Kominterni_Eesti_sektsioon_Moskvas, lk 13
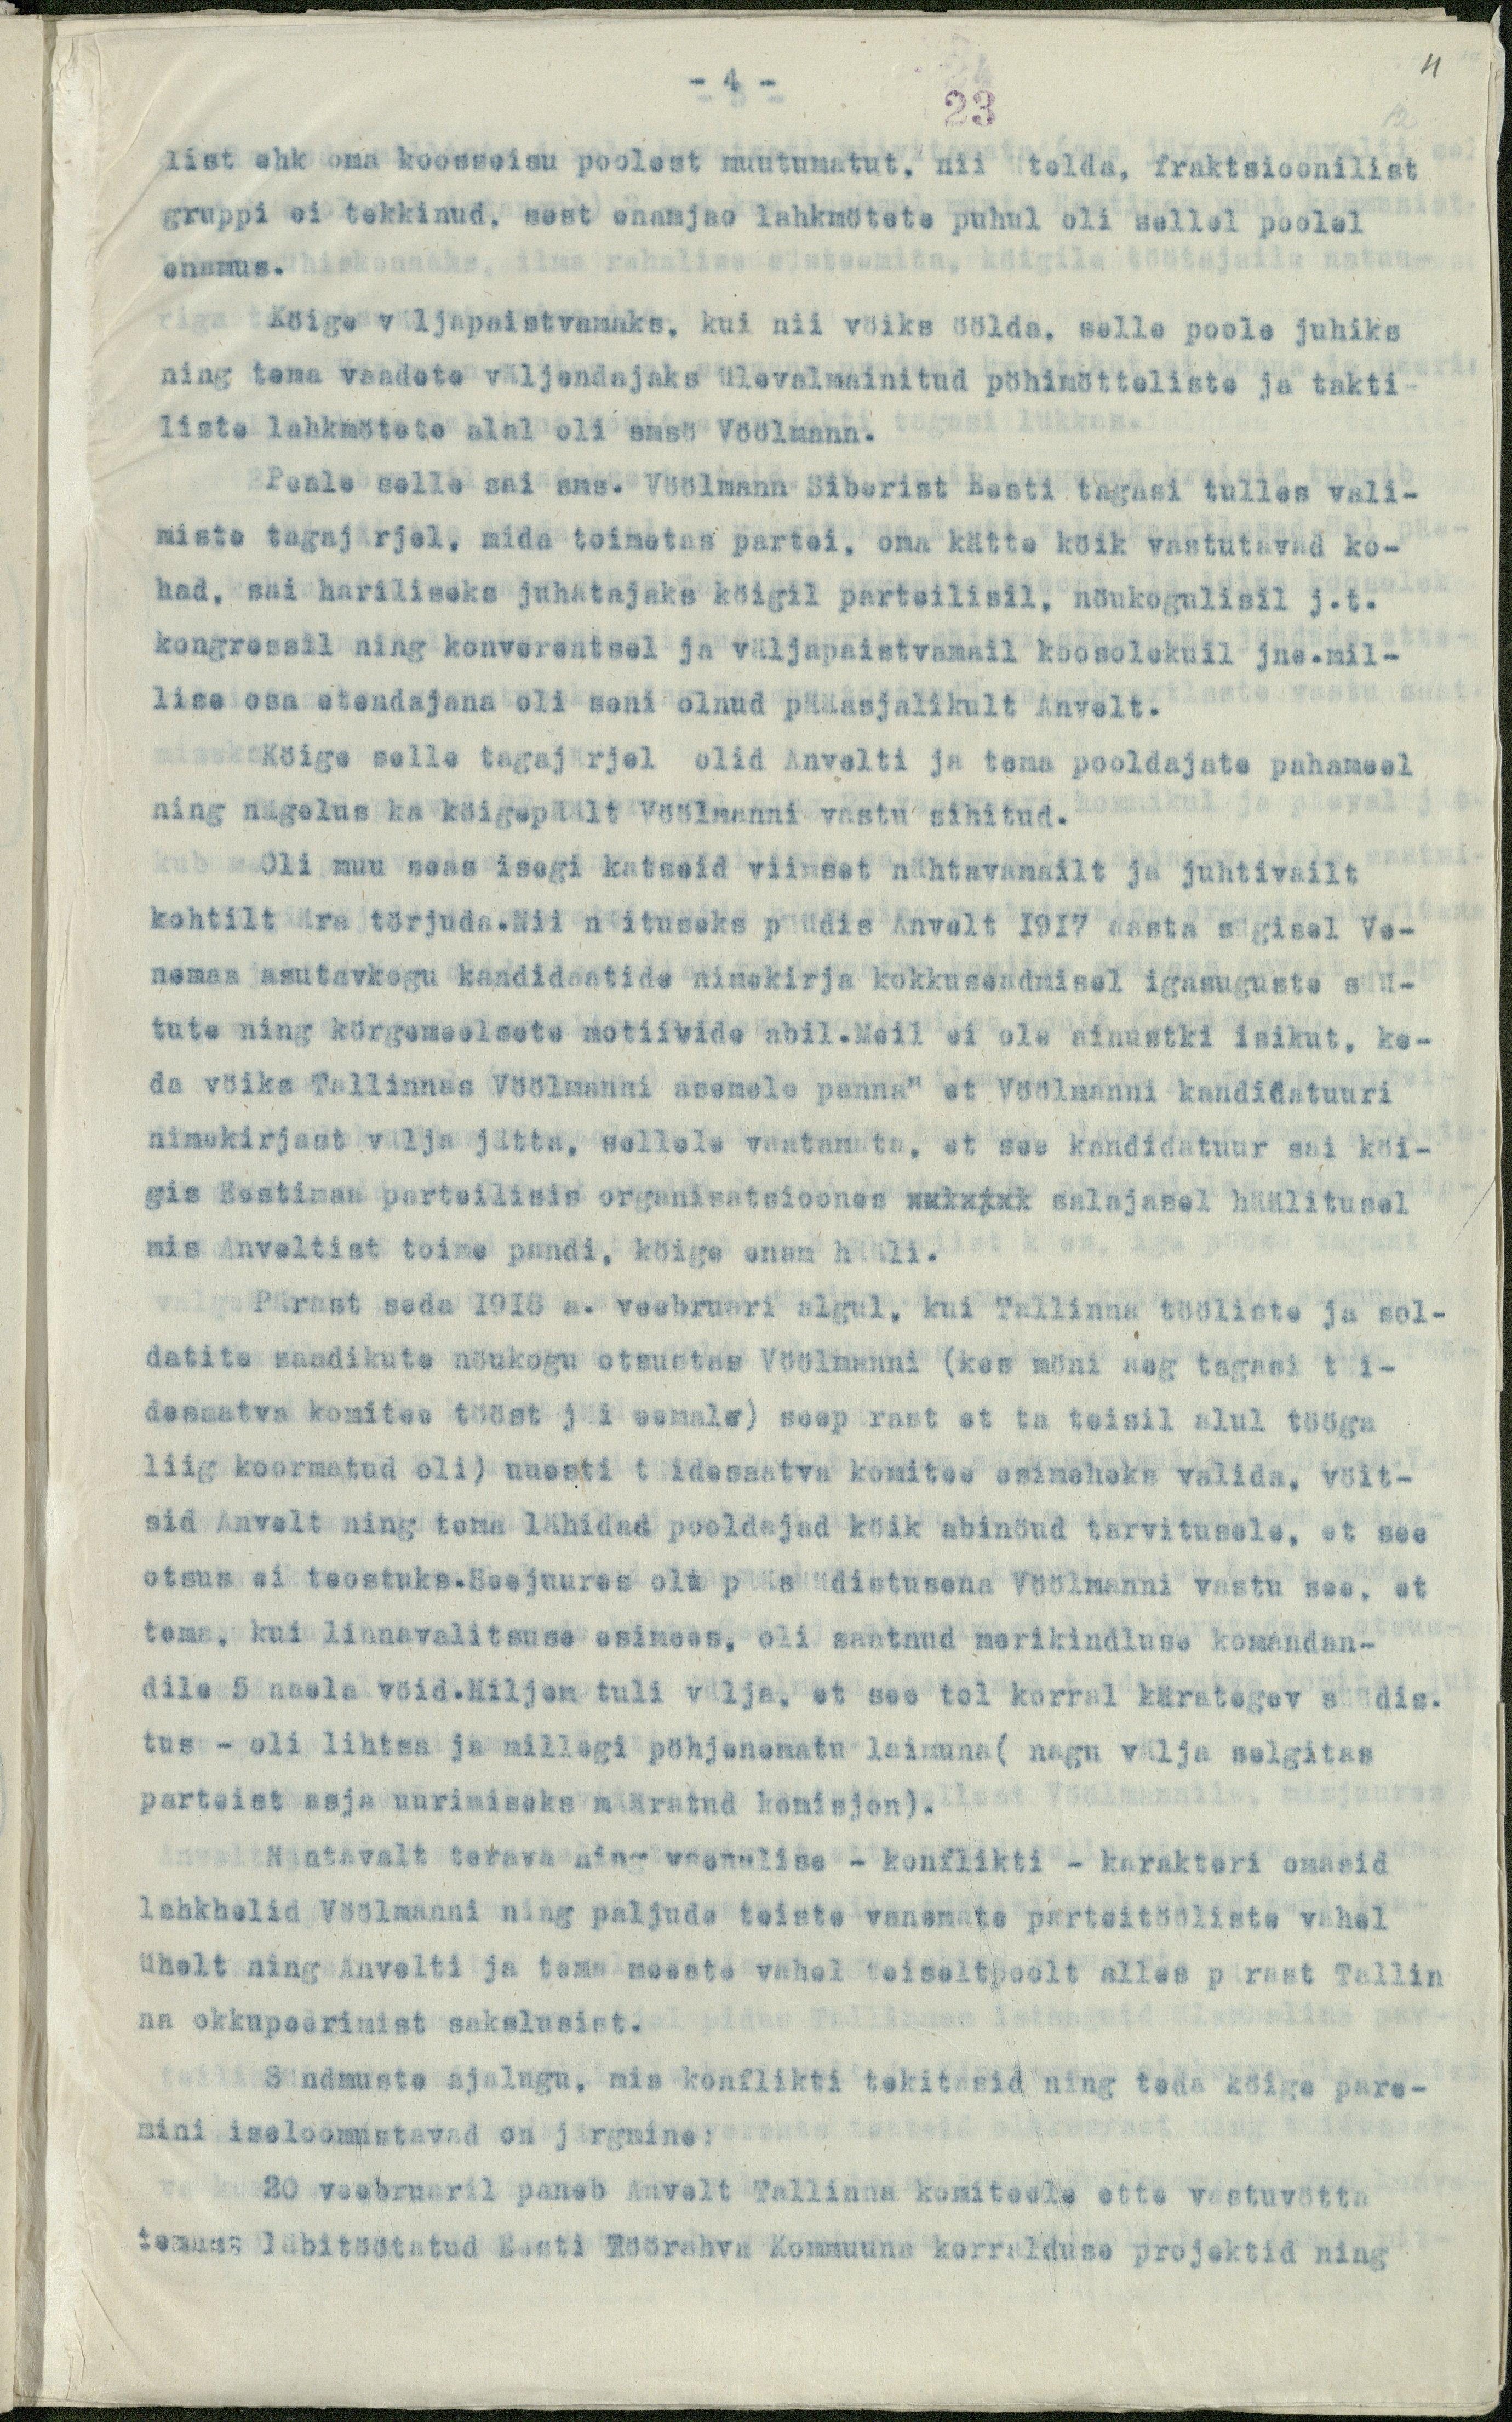
11

- 4 -
23
list ehk oma koosseisu poolest muutumatut, nii ütelda, fraktsioonilist
gruppi ei tekkinud, sest enamjao lahkmötete puhul oli sellel poolel
enamus.
Köige väljapaistvamaks, kui nii vöiks öölda, selle poole juhiks
ning tema vaadete väljendajaks ülevalmainitud pöhimötteliste ja takti-
liste lahkmötete alal oli smsö Vöölmann.
Peale selle sai sms. Vöölmann Siberist Eesti tagasi tulles vali-
miste tagajärjel, mida toimetas partei, oma kätte köik vastutavad ko-
had, sai hariliseks juhatajaks köigil parteilisil, nöukogulisil j.t.
kongressil ning konverentsel ja väljapaistvamail koosolekuil jne.mil-
lise osa etendajana oli seni olnud pääasjalikult Anvelt.
Köige selle tagajärjel olid Anvelti ja tema pooldajate pahameel
ning nägelus ka köigepäält Vöölmanni vastu sihitud.
Oli muu seas isegi katseid viimset nähtavamailt ja juhtivailt
kohtilt ära törjuda.Nii näituseks püüdis Anvelt 1917 aasta sügisel Ve-
nemaa asutavkogu kandidaatide nimekirja kokkuseadmisel igasuguste süü-
tute ning körgemeelsete motiivide abil.Meil ei ole ainustki isikut, ke-
da vöiks Tallinnas Vöölmanni asemele panna" et Vöölmanni kandidatuuri
nimekirjast välja jätta, sellele vaatamata, et see kandidatuur sai köi-
gis Eestimaa parteilisis organisatsioones kukkuk salajasel häälitusel
mis Anveltist toime pandi, köige enam hääli.
Pärast seda 1918 a. veebruari algul, kui Tallinna tööliste ja sol-
datite saadikute nöukogu otsustas Vöölmanni (kes möni aeg tagasi täi-
desaatva komitee tööst jäi eemale) seepärast et ta teisil alul tööga
liig koormatud oli) uuesti täidesaatva komitee esimeheks valida, vöit-
sid Anvelt ning tema lähidad pooldajad köik abinöud tarvitusele, et see
otsus ei teostuks. Seejuures oli pääsüüdistusena Vöölmanni vastu see, et
tema, kui linnavalitsuse esimees, oli saatnud merikindluse komandan-
dile 5 naela vöid.Hiljem tuli välja, et see tol korral kärategev süüdis.
tus - oli lihtsa ja millegi pöhjenematu laimuna (nagu välja selgitas
parteist asja uurimiseks määratud komisjon).
Nähtavalt terava ning vaenulise - konflikti - karakteri omasid
lahkhelid Vöölmanni ning paljude teiste vanemate parteitööliste vahel
ühelt ning Anvelti ja tema meeste vahel teiseltpoolt alles pärast Tallin
na okkupeerimist sakslusist.
Sündmuste ajalugu, mis konflikti tekitasid ning teda köige pare-
mini iseloomustavad on järgmine:
20 veebruaril paneb Anvelt Tallinna komiteele ette vastuvötta
tenust läbitöötatud Eesti Töörahva Kommuuna korralduse projektid ning